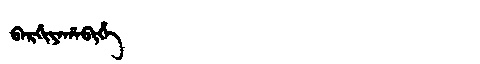
Manchu: ᠪᠠᡵᡤᡳᠶᠠᡥᠠᠪᡳᡥᡝ
Romanization: BARGIYAHABIHE